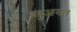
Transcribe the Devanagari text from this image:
बहुआयत